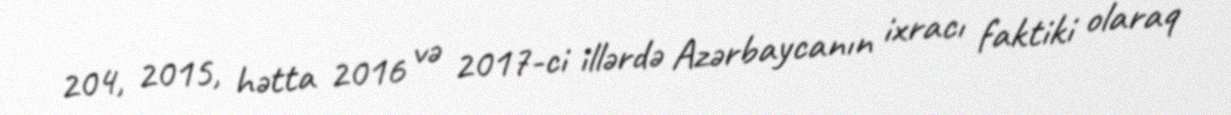
204, 2015, hətta 2016 və 2017-ci illərdə Azərbaycanın ixracı faktiki olaraq